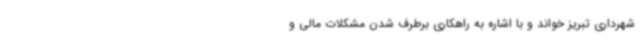
شهرداری تبریز خواند و با اشاره به راهکاری برطرف شدن مشکلات مالی و